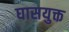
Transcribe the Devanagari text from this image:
घासयुक्त